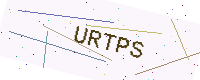
Text: URTPS